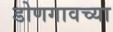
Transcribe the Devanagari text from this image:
डोणगावच्या